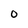
Character: 0